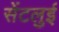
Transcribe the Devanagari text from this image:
सेंटलुई